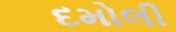
દમોલી